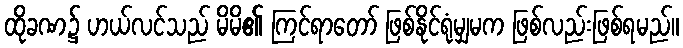
ထိုခဏ၌ ဟယ်လင်သည် မိမိ၏ ကြင်ရာတော် ဖြစ်နိုင်ရုံမျှမက ဖြစ်လည်းဖြစ်ရမည်။